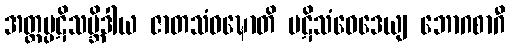
အတ္ထပ္ပဋိသမ္ဘိဒါယ ဇာတသံဝဍ္ဎောတိ ပဋိသံဝေဒေယျ ဘောဂစာဂီ